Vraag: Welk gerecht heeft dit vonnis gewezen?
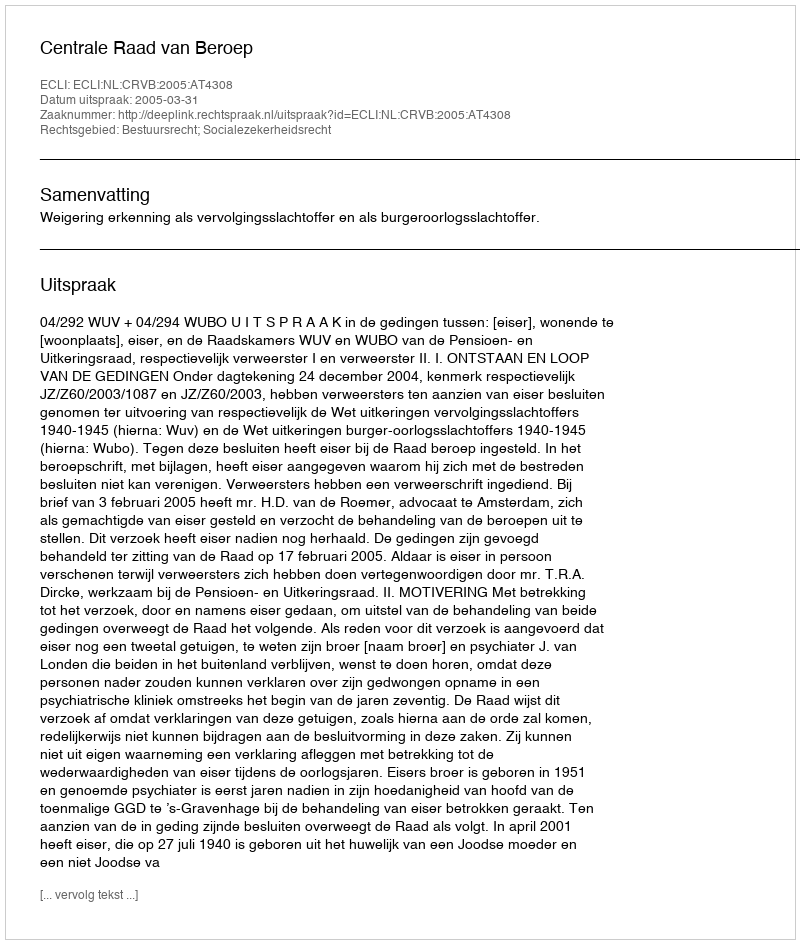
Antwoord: Centrale Raad van Beroep